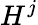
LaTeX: H^{j}